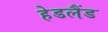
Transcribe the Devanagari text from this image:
हेडलैंड